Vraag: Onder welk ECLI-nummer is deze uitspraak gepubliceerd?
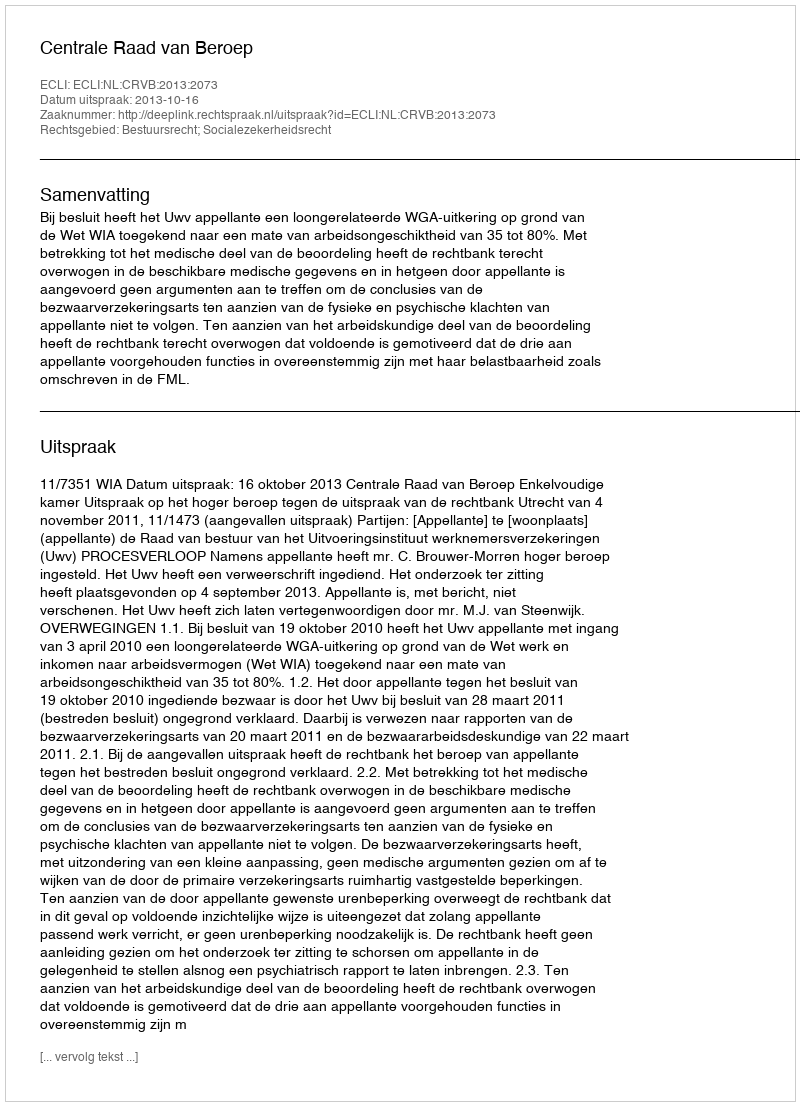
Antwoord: ECLI:NL:CRVB:2013:2073